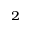
^ 2